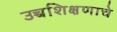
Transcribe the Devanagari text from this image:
उच्चशिक्षणाचे